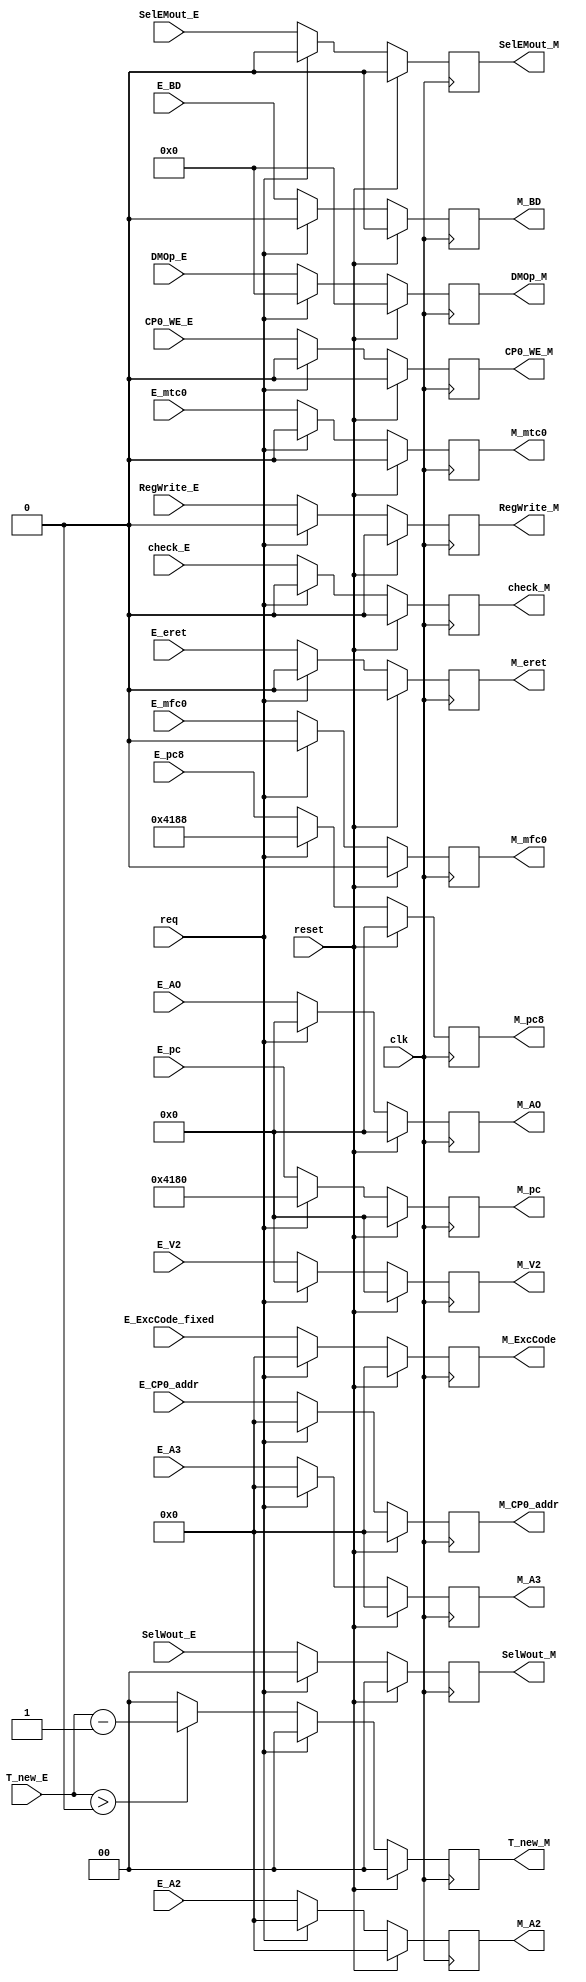
`timescale 1ns / 1ps
//////////////////////////////////////////////////////////////////////////////////
// Company: 
// Engineer: 
// 
// Design Name: 
// Module Name:    regM 
// Project Name: 
// Target Devices: 
// Tool versions: 
// Description: 
//
// Dependencies: 
//
// Revision: 
// Revision 0.01 - File Created
// Additional Comments: 
//
//////////////////////////////////////////////////////////////////////////////////
module regM(
input clk,
input reset,
input req,
input [31:0] E_AO,
input [31:0] E_V2,
input [4:0] E_A2,
input [4:0] E_A3,
input check_E,
input [31:0] E_pc,
input [31:0] E_pc8,
input [1:0] T_new_E,
input RegWrite_E,
input SelEMout_E,
input [1:0] SelWout_E,
input [3:0] DMOp_E,
input [4:0] E_ExcCode_fixed,
input E_eret,
input CP0_WE_E,
input E_BD,
input [4:0] E_CP0_addr,
input E_mfc0,
input E_mtc0,

output [31:0] M_AO,
output [31:0] M_V2,
output [4:0] M_A2,
output [4:0] M_A3,
output check_M,
output [31:0] M_pc,
output [31:0] M_pc8,
output [1:0] T_new_M,
output RegWrite_M,
output SelEMout_M,
output [1:0] SelWout_M,
output [3:0] DMOp_M,
output [4:0] M_ExcCode,
output M_eret,
output CP0_WE_M,
output M_BD,
output [4:0] M_CP0_addr,
output M_mfc0,
output M_mtc0
    );
reg [31:0] AO;
reg [31:0] V2;
reg [4:0] A2;
reg [4:0] A3;
reg [31:0] pc;
reg [31:0] pc8;
reg [1:0] T_new;
reg RegWrite;
reg SelEMout;
reg [1:0] SelWout;
reg [3:0] DMOp;
reg check;
reg [4:0] ExcCode;
reg eret;
reg CP0_WE;
reg BD;
reg [4:0] CP0_addr;
reg mfc0;
reg mtc0;

always@(posedge clk) begin
	if(reset)begin
	AO <= 32'b0;
	V2 <= 32'b0;
	A2 <= 5'b0;
	A3 <= 5'b0;
	pc <= 32'b0;
	pc8 <= 32'b0;
	T_new <= 2'b0;
	RegWrite <= 1'b0;
	SelEMout <= 1'b0;
	SelWout <= 2'b0;
	DMOp <= 4'b0;
	check <= 1'b0;
	ExcCode <= 5'b0;
	eret <= 1'b0;
	CP0_WE <= 1'b0;
	BD <= 1'b0;
	CP0_addr <= 5'b0;
	mfc0 <= 1'b0;
	mtc0 <= 1'b0;
	end
	else if(req) begin
	AO <= 32'b0;
	V2 <= 32'b0;
	A2 <= 5'b0;
	A3 <= 5'b0;
	pc <= 32'h0000_4180;
	pc8 <= 32'h0000_4188;
	T_new <= 2'b0;
	RegWrite <= 1'b0;
	SelEMout <= 1'b0;
	SelWout <= 2'b0;
	DMOp <= 4'b0;
	check <= 1'b0;
	ExcCode <= 5'b0;
	eret <= 1'b0;
	CP0_WE <= 1'b0;
	BD <= 1'b0;
	CP0_addr <= 5'b0;
	mfc0 <= 1'b0;
	mtc0 <= 1'b0;
	end
	else begin
	AO <= E_AO;
	V2 <= E_V2;
	A2 <= E_A2;
	A3 <= E_A3;
	check <= check_E;
	pc <= E_pc;
	pc8 <= E_pc8;
	T_new <= (T_new_E > 2'b00) ? (T_new_E - 1'b1) : 2'b00;
	RegWrite <= RegWrite_E;
	SelEMout <= SelEMout_E;
	SelWout <= SelWout_E;
	DMOp <= DMOp_E;
	ExcCode <= E_ExcCode_fixed;
	eret <= E_eret;
	CP0_WE <= CP0_WE_E;
	BD <= E_BD;
	CP0_addr <= E_CP0_addr;
	mfc0 <= E_mfc0;
	mtc0 <= E_mtc0;
	end
end

assign M_AO = AO;
assign M_V2 = V2;
assign M_A2 = A2;
assign M_A3 = A3;
assign check_M = check;
assign M_pc = pc;
assign M_pc8 = pc8;
assign T_new_M = T_new;
assign RegWrite_M = RegWrite;
assign SelEMout_M = SelEMout;
assign SelWout_M = SelWout;
assign DMOp_M = DMOp;
assign M_ExcCode = ExcCode;
assign M_eret = eret;
assign CP0_WE_M = CP0_WE;
assign M_BD = BD;
assign M_CP0_addr = CP0_addr;
assign M_mfc0 = mfc0;
assign M_mtc0 = mtc0;
endmodule